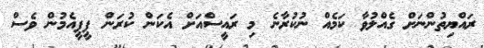
ރައްޔިތުންނަށް ގެއްލުވާ ކަމެއް ނުކުރާނެ މި ރައީސްއަށް އެކަން ކުރަން ޕީޕީއެމުން ވެސް